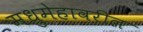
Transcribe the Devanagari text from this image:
मधुमेहावरील